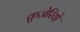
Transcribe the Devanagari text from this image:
क्रुज़ेरियो